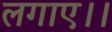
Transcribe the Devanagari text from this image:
लगाए।।